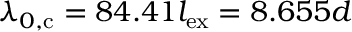
\lambda _ { 0 , \mathrm { c } } = 8 4 . 4 1 l _ { \mathrm { e x } } = 8 . 6 5 5 d